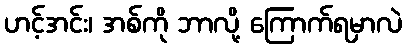
ဟင့်အင်း၊ အစ်ကို ဘာလို့ ကြောက်ရမှာလဲ